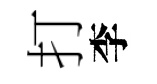
打李